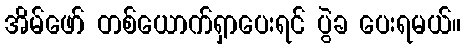
အိမ်ဖော် တစ်ယောက်ရှာပေးရင် ပွဲခ ပေးရမယ်။